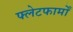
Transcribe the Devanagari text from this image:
फ्लेटफार्मों